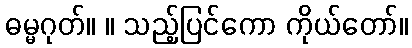
ဓမ္မဂုတ်။ ။ သည့်ပြင်ကော ကိုယ်တော်။